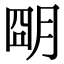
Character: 朙